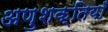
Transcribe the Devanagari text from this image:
अणुशक्तियाँ